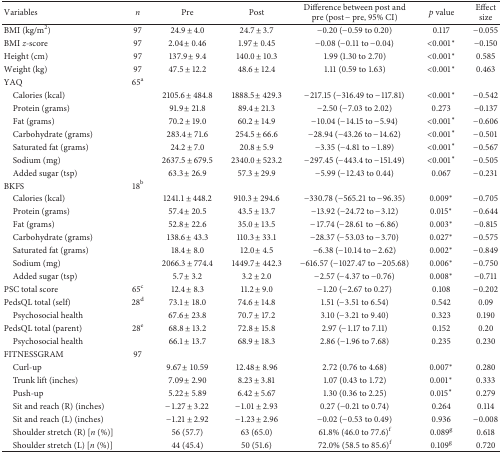
<table><thead><tr><td><b>Variables</b></td><td><b><i>n</i></b></td><td><b>Pre</b></td><td><b>Post</b></td><td><b>Difference between post and pre (post − pre, 95% CI)</b></td><td><b><i>p</i> value</b></td><td><b>Effect size</b></td></tr></thead><tbody><tr><td>BMI (kg/m<sup>2</sup>)</td><td>97</td><td>24.9 ± 4.0</td><td>24.7 ± 3.7</td><td>−0.20 (−0.59 to 0.20)</td><td>0.117</td><td>−0.055</td></tr><tr><td>BMI <i>z</i>-score</td><td>97</td><td>2.04 ± 0.46</td><td>1.97 ± 0.45</td><td>−0.08 (−0.11 to −0.04)</td><td>&lt;0.001<sup>∗</sup></td><td>−0.150</td></tr><tr><td>Height (cm)</td><td>97</td><td>137.9 ± 9.4</td><td>140.0 ± 10.3</td><td>1.99 (1.30 to 2.70)</td><td>&lt;0.001<sup>∗</sup></td><td>0.585</td></tr><tr><td>Weight (kg)</td><td>97</td><td>47.5 ± 12.2</td><td>48.6 ± 12.4</td><td>1.11 (0.59 to 1.63)</td><td>&lt;0.001<sup>∗</sup></td><td>0.463</td></tr><tr><td>YAQ</td><td>65<sup>a</sup></td><td> </td><td> </td><td> </td><td> </td><td> </td></tr><tr><td> Calories (kcal)</td><td> </td><td>2105.6 ± 484.8</td><td>1888.5 ± 429.3</td><td>−217.15 (−316.49 to −117.81)</td><td>&lt;0.001<sup>∗</sup></td><td>−0.542</td></tr><tr><td> Protein (grams)</td><td> </td><td>91.9 ± 21.8</td><td>89.4 ± 21.3</td><td>−2.50 (−7.03 to 2.02)</td><td>0.273</td><td>−0.137</td></tr><tr><td> Fat (grams)</td><td> </td><td>70.2 ± 19.0</td><td>60.2 ± 14.9</td><td>−10.04 (−14.15 to −5.94)</td><td>&lt;0.001<sup>∗</sup></td><td>−0.606</td></tr><tr><td> Carbohydrate (grams)</td><td> </td><td>283.4 ± 71.6</td><td>254.5 ± 66.6</td><td>−28.94 (−43.26 to −14.62)</td><td>&lt;0.001<sup>∗</sup></td><td>−0.501</td></tr><tr><td> Saturated fat (grams)</td><td> </td><td>24.2 ± 7.0</td><td>20.8 ± 5.9</td><td>−3.35 (−4.81 to −1.89)</td><td>&lt;0.001<sup>∗</sup></td><td>−0.567</td></tr><tr><td> Sodium (mg)</td><td> </td><td>2637.5 ± 679.5</td><td>2340.0 ± 523.2</td><td>−297.45 (−443.4 to −151.49)</td><td>&lt;0.001<sup>∗</sup></td><td>−0.505</td></tr><tr><td> Added sugar (tsp)</td><td> </td><td>63.3 ± 26.9</td><td>57.3 ± 29.9</td><td>−5.99 (−12.43 to 0.44)</td><td>0.067</td><td>−0.231</td></tr><tr><td>BKFS</td><td>18<sup>b</sup></td><td> </td><td> </td><td> </td><td> </td><td> </td></tr><tr><td> Calories (kcal)</td><td> </td><td>1241.1 ± 448.2</td><td>910.3 ± 294.6</td><td>−330.78 (−565.21 to −96.35)</td><td>0.009<sup>∗</sup></td><td>−0.705</td></tr><tr><td> Protein (grams)</td><td> </td><td>57.4 ± 20.5</td><td>43.5 ± 13.7</td><td>−13.92 (−24.72 to −3.12)</td><td>0.015<sup>∗</sup></td><td>−0.644</td></tr><tr><td> Fat (grams)</td><td> </td><td>52.8 ± 22.6</td><td>35.0 ± 13.5</td><td>−17.74 (−28.61 to −6.86)</td><td>0.003<sup>∗</sup></td><td>−0.815</td></tr><tr><td> Carbohydrate (grams)</td><td> </td><td>138.6 ± 43.3</td><td>110.3 ± 33.1</td><td>−28.37 (−53.03 to −3.70)</td><td>0.027<sup>∗</sup></td><td>−0.575</td></tr><tr><td> Saturated fat (grams)</td><td> </td><td>18.4 ± 8.0</td><td>12.0 ± 4.5</td><td>−6.38 (−10.14 to −2.62)</td><td>0.002<sup>∗</sup></td><td>−0.849</td></tr><tr><td> Sodium (mg)</td><td> </td><td>2066.3 ± 774.4</td><td>1449.7 ± 442.3</td><td>−616.57 (−1027.47 to −205.68)</td><td>0.006<sup>∗</sup></td><td>−0.750</td></tr><tr><td> Added sugar (tsp)</td><td> </td><td>5.7 ± 3.2</td><td>3.2 ± 2.0</td><td>−2.57 (−4.37 to −0.76)</td><td>0.008<sup>∗</sup></td><td>−0.711</td></tr><tr><td>PSC total score</td><td>65<sup>c</sup></td><td>12.4 ± 8.3</td><td>11.2 ± 9.0</td><td>−1.20 (−2.67 to 0.27)</td><td>0.108</td><td>−0.202</td></tr><tr><td>PedsQL total (self)</td><td>28<sup>d</sup></td><td>73.1 ± 18.0</td><td>74.6 ± 14.8</td><td>1.51 (−3.51 to 6.54)</td><td>0.542</td><td>0.09</td></tr><tr><td> Psychosocial health</td><td> </td><td>67.6 ± 23.8</td><td>70.7 ± 17.2</td><td>3.10 (−3.21 to 9.40)</td><td>0.323</td><td>0.190</td></tr><tr><td>PedsQL total (parent)</td><td>28<sup>e</sup></td><td>68.8 ± 13.2</td><td>72.8 ± 15.8</td><td>2.97 (−1.17 to 7.11)</td><td>0.152</td><td>0.20</td></tr><tr><td> Psychosocial health</td><td> </td><td>66.1 ± 13.7</td><td>68.9 ± 18.3</td><td>2.86 (−1.96 to 7.68)</td><td>0.235</td><td>0.230</td></tr><tr><td>FITNESSGRAM</td><td>97</td><td> </td><td> </td><td> </td><td> </td><td> </td></tr><tr><td> Curl-up</td><td> </td><td>9.67 ± 10.59</td><td>12.48 ± 8.96</td><td>2.72 (0.76 to 4.68)</td><td>0.007<sup>∗</sup></td><td>0.280</td></tr><tr><td> Trunk lift (inches)</td><td> </td><td>7.09 ± 2.90</td><td>8.23 ± 3.81</td><td>1.07 (0.43 to 1.72)</td><td>0.001<sup>∗</sup></td><td>0.333</td></tr><tr><td> Push-up</td><td> </td><td>5.22 ± 5.89</td><td>6.42 ± 5.67</td><td>1.30 (0.36 to 2.25)</td><td>0.015<sup>∗</sup></td><td>0.279</td></tr><tr><td> Sit and reach (R) (inches)</td><td> </td><td>−1.27 ± 3.22</td><td>−1.01 ± 2.93</td><td>0.27 (−0.21 to 0.74)</td><td>0.264</td><td>0.114</td></tr><tr><td> Sit and reach (L) (inches)</td><td> </td><td>−1.21 ± 2.92</td><td>−1.23 ± 2.96</td><td>−0.02 (−0.53 to 0.49)</td><td>0.936</td><td>−0.008</td></tr><tr><td> Shoulder stretch (R) [<i>n</i> (%)]</td><td> </td><td>56 (57.7)</td><td>63 (65.0)</td><td>61.8% (46.0 to 77.6)<sup>f</sup></td><td>0.089<sup>g</sup></td><td>0.618</td></tr><tr><td> Shoulder stretch (L) [<i>n</i> (%)]</td><td> </td><td>44 (45.4)</td><td>50 (51.6)</td><td>72.0% (58.5 to 85.6)<sup>f</sup></td><td>0.109<sup>g</sup></td><td>0.720</td></tr></tbody></table>